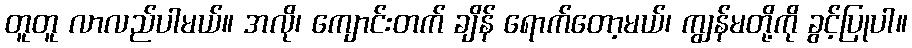
တူတူ လာလည်ပါမယ်။ အလို၊ ကျောင်းတက် ချိန် ရောက်တော့မယ်၊ ကျွန်မတို့ကို ခွင့်ပြုပါ။